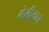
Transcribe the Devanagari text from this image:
गेलीयाने